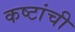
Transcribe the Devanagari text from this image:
कष्टांची